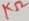
Text: KΩ